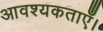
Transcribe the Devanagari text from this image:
आवश्यकताएँ।